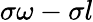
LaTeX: \sigma\omega-\sigma l